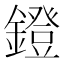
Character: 鐙